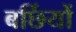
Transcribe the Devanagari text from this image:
बर्छियों